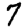
Digit: 7